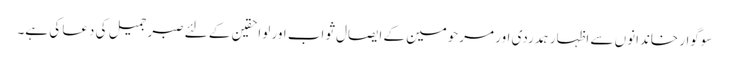
سوگوار خاندانوں سے اظہار ہمدردی اور مرحومین کے ایصال ثواب اور لواحقین کے لئے صبر جمیل کی دعا کی ہے۔